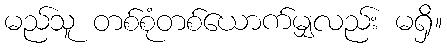
မည်သူ တစ်စုံတစ်ယောက်မျှလည်း မရှိ။